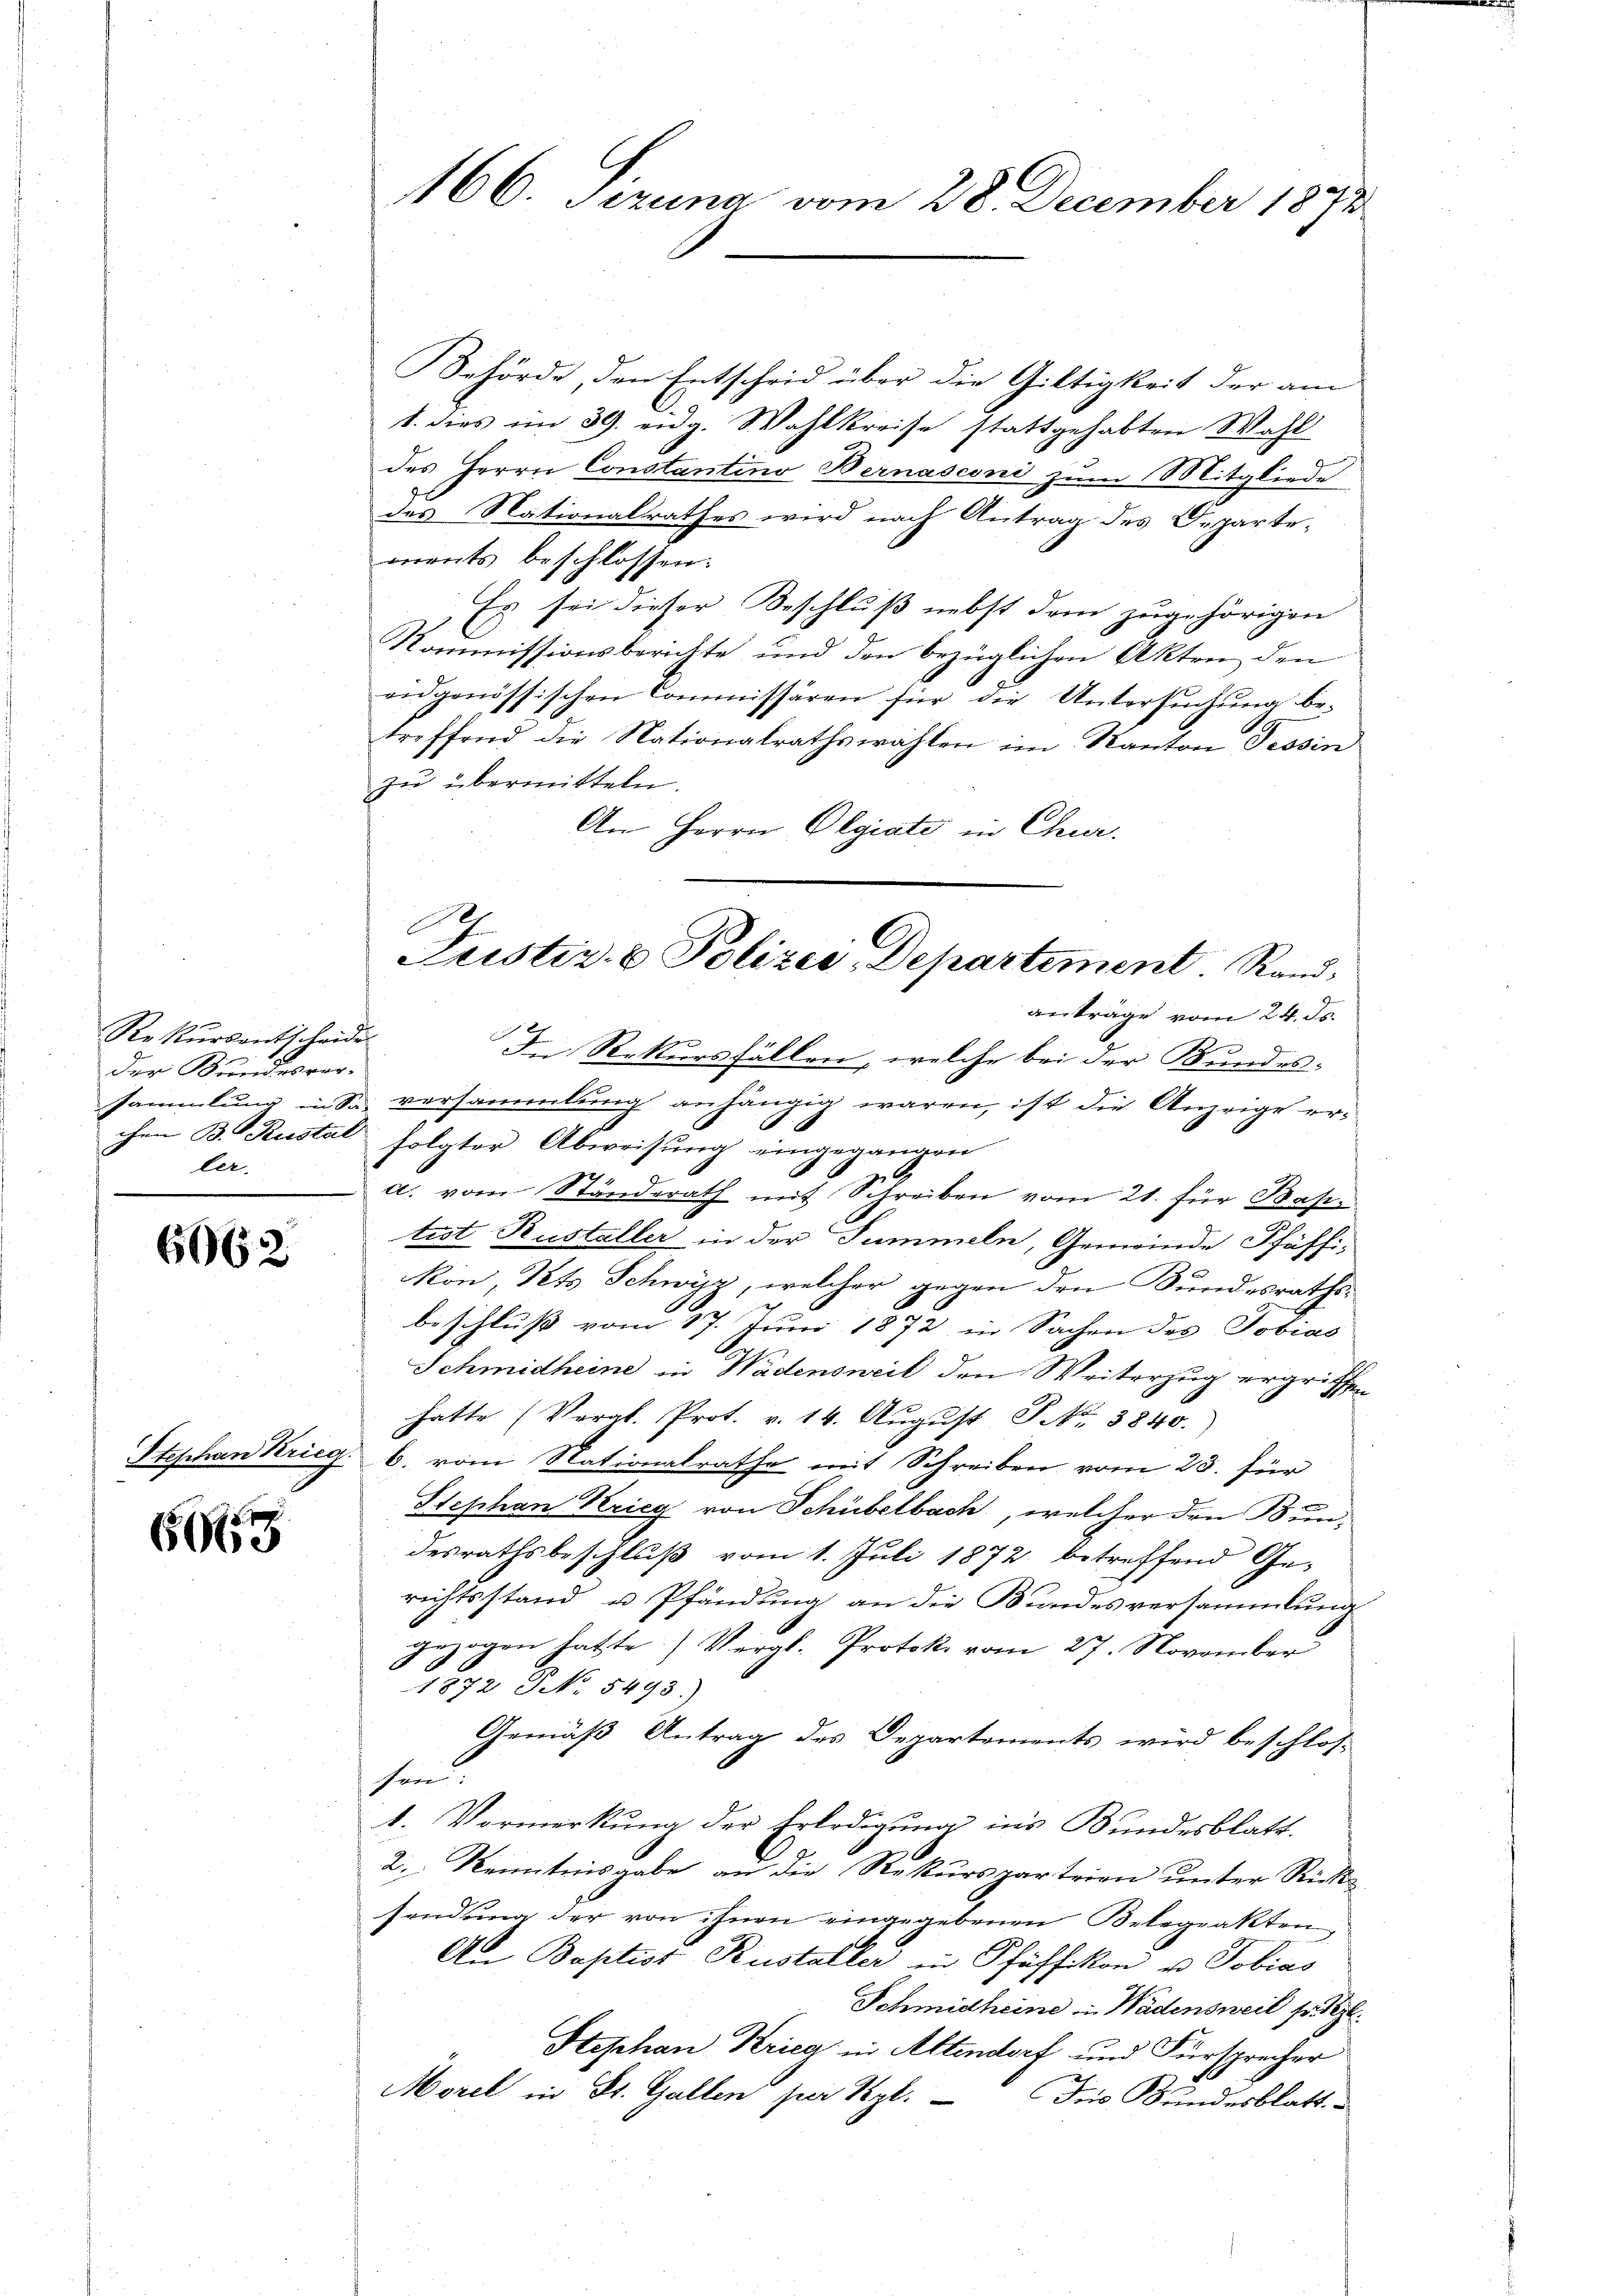
Rekursentscheide
der Stundesverchen B. Restal
ler.

6062

Stephan Krieg.

6619

166. Sezung vom 28. December 1892

Behörde, den Entscheid über die Giltigkeit der am
1. dies im 39. eidg. Wahlkreise stattgehabten Wahl
des Herrn Constantino Bernasconi zum Mitgliede
des Nationalrathes wird nach Antrag des Departe-
ments beschlossen:
Es sei dieser Beschluß nebst dem zugehörigen
Kommissionsberichte und den bezüglichen Akten den
eidgenössischen Commissären für die Untersŭchŭng be-
treffend die Nationalrathswahlen im Kanton Tessin
zŭ übermitteln.
An Herrn Olgiate in Chur-
anträge vom 24. ds.
In Rekursfällen, welche bei der Bundes-
sammlung in Sa. versammlung anhängig waren, ist die Anzeige er¬
6
folgter Abweisung eingegangen
a. vom Standerath mit Schreiben vom 21. für Bastist Rusteller in der Summeln, Gemeinde Pfäffikon, Kts. Schwyz, welcher gegen den Bundesraths-
2
beschluß vom 17. Juni 1872 in Sachen des Tobias
Schmidheine in Wadensweil den Weiterzug ergriffen
hatte (Vergl. Prot. v. 14. Aŭgŭst P. Nr. 3840.
6. vom Nationalrathe mit Schreiben vom 23. für
Stephan Krieg von Schübelbach, welcher den Bundesrathsbeschluß vom 1. Juli 1872 betreffend Ge-
richtsstand u Pfändung an die Bundesversammlung
gezogen hatte) Vergl. Protoko vom 27. November
1872 NNo. 5493.)
Gemäß Antrag des Departements wird beschlos-
hen?
1. Vormerkung der Erledigung ins Bundesblatt.
2. Kenntnisgabe an die Rekursparteien unter Rücke
sendung der von ihnen eingegebenen Belegrakten,
An Baptist Rusteller in Pfäffikon u. Tobias
Schmidheine in Wädensweil so l
Stephan Krieg in Altendorf und Fürsprecher
Morel in St. Gallen per Kgl.
Dis Bundesblatt

Justiz- & Polizei Departement. Rand.